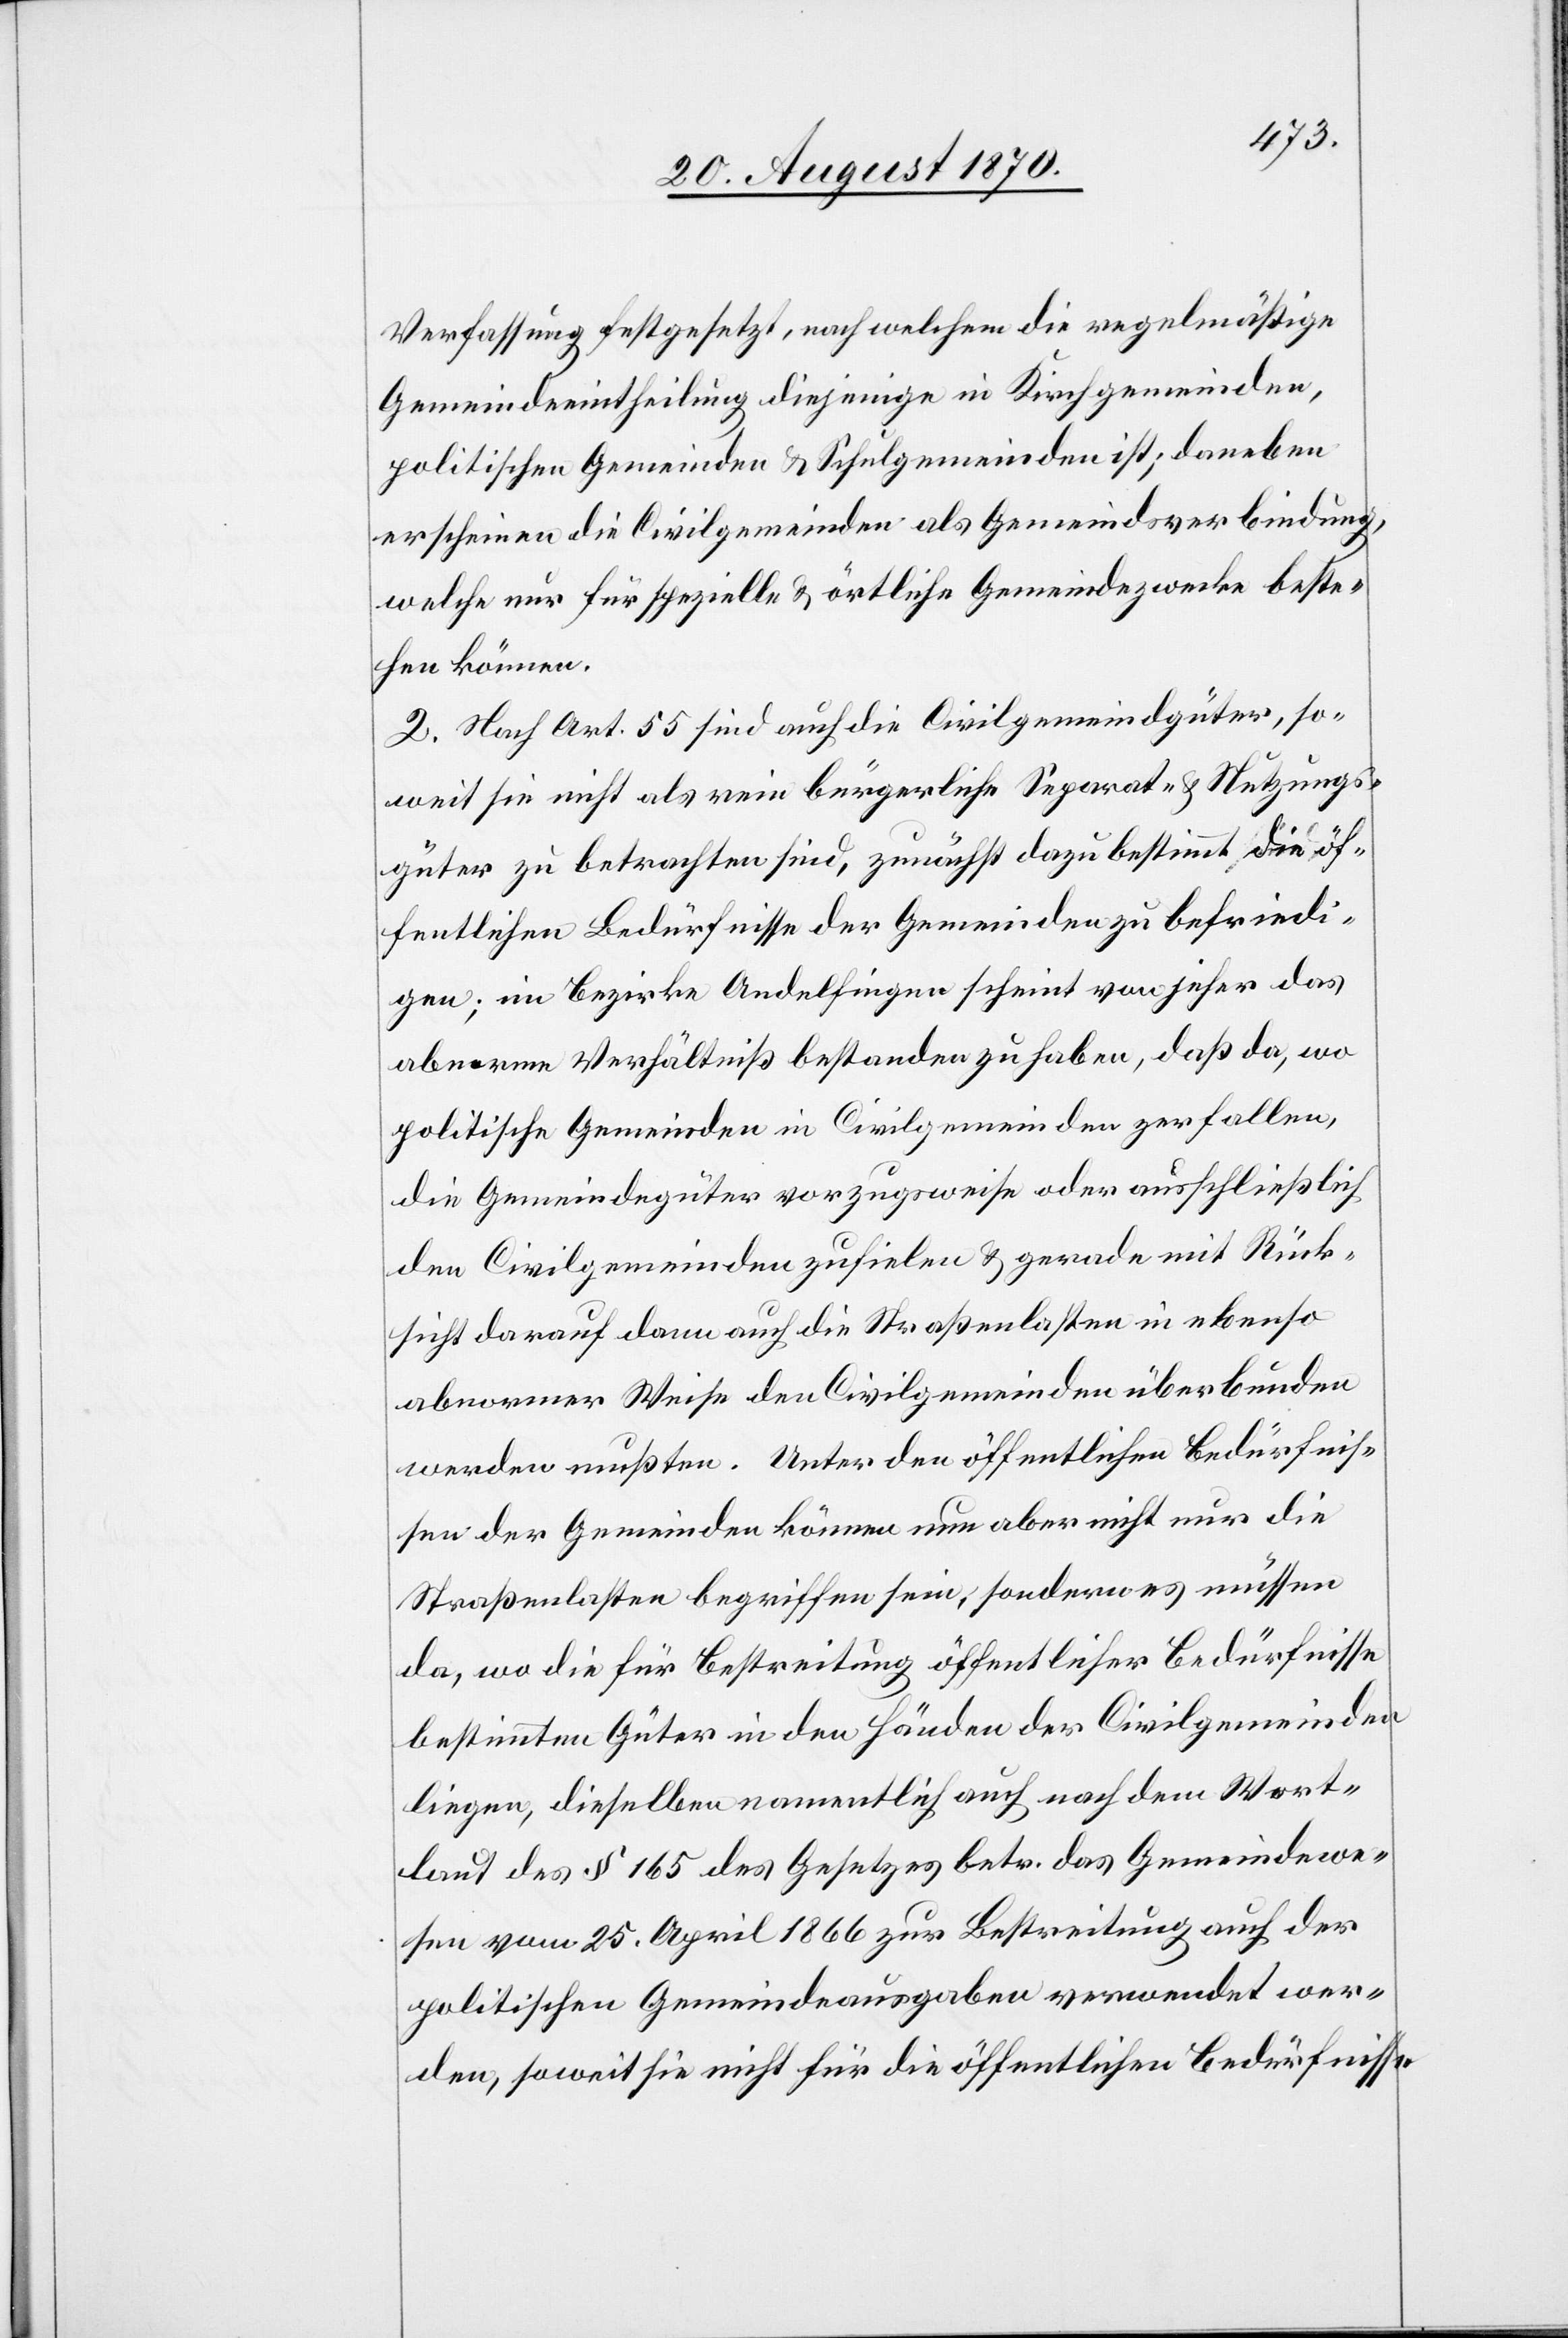
Verfassung festgesetzt, nach welchem die regelmäßige
Gemeindeeintheilung diejenige in Kirchgemeinden,
erscheinen die Civilgemeinden als Gemeindsverbindung,
welche nur für spezielle & örtliche Gemeindezwecke beste¬
hen können.
2. Nach Art. 55 sind auch die Civilgemeindgüter, so¬
weit sie nicht als rein bürgerliche Separat- & Nutzungs¬
güter zu betrachten sind, zunächst dazu bestimmt, die öf¬
fentlichen Bedürfnisse der Gemeinden zu befriedi¬
gen; im Bezirke Andelfingen scheint von jeher das
abnorme Verhältniß bestanden zu haben, daß da, wo
politische Gemeinden in Civilgemeinden zerfallen,
die Gemeindegüter vorzugsweise oder ausschließlich
den Civilgemeinden zufielen & gerade mit Rück¬
sicht darauf dann auch die Straßenlasten in ebenso
abnormer Weise den Civilgemeinden überbunden
werden mußten. Unter den öffentlichen Bedürfnis¬
sen der Gemeinden können nun aber nicht nur die
Straßenlasten begriffen sein, sondern es müssen
da, wo die für Bestreitung öffentlicher Bedürfnisse
bestimmten Güter in den Händen der Civilgemeinden
liegen, dieselben namentlich auch nach dem Wort¬
laut des § 165 des Gesetzes betr. das Gemeindewe¬
sen vom 25. April 1866 zur Bestreitung auch der
politischen Gemeindeausgaben verwendet wer¬
den, soweit sie nicht für die öffentlichen Bedürfnisse